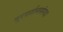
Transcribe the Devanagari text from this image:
दूरदर्शनसंस्था